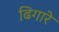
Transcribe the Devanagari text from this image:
ढिगारे